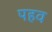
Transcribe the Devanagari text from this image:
पहव